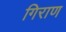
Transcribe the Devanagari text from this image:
गिराण